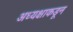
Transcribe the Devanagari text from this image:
अध्यक्षाकडून